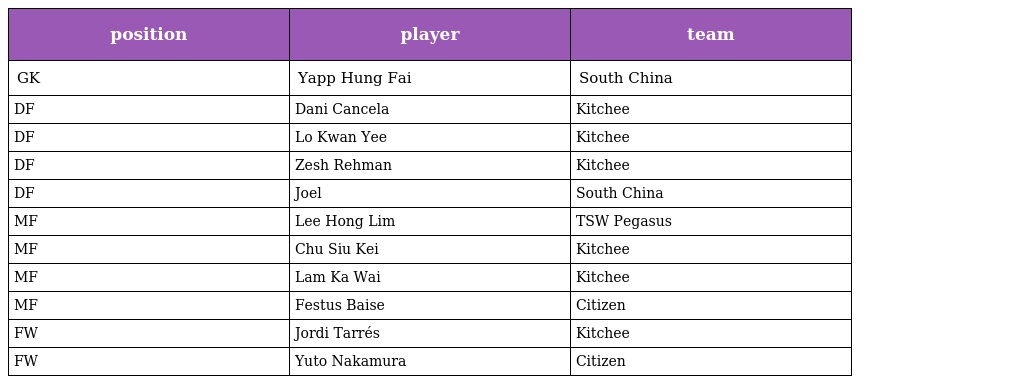
| position | player | team |
 | --- | --- | --- |
 | GK | Yapp Hung Fai | South China |
 | DF | Dani Cancela | Kitchee |
 | DF | Lo Kwan Yee | Kitchee |
 | DF | Zesh Rehman | Kitchee |
 | DF | Joel | South China |
 | MF | Lee Hong Lim | TSW Pegasus |
 | MF | Chu Siu Kei | Kitchee |
 | MF | Lam Ka Wai | Kitchee |
 | MF | Festus Baise | Citizen |
 | FW | Jordi Tarrés | Kitchee |
 | FW | Yuto Nakamura | Citizen |